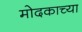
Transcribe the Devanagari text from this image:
मोदकाच्या